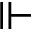
\Vdash